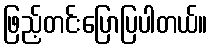
ဖြည့်တင်းပြောပြပါတယ်။